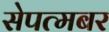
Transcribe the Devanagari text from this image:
सेपत्मबर